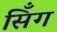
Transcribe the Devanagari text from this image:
सिँग